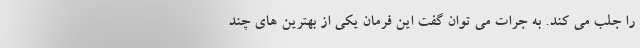
را جلب می کند. به جرات می توان گفت این فرمان یکی از بهترین های چند